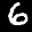
Label: 6